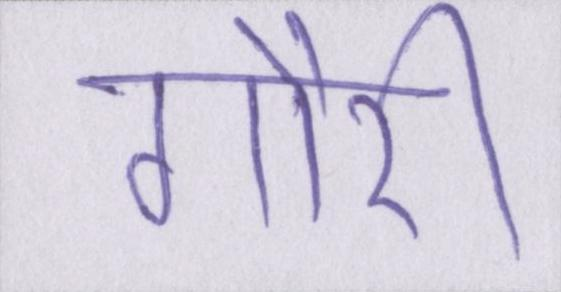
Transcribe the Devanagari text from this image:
गौरी